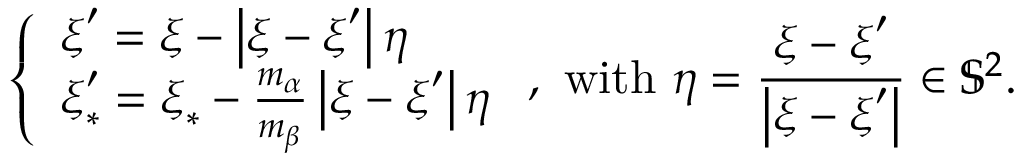
\left\{ \begin{array} { l } { \boldsymbol { \xi } ^ { \prime } = \boldsymbol { \xi } - \left\vert \boldsymbol { \xi } - \boldsymbol { \xi } ^ { \prime } \right\vert \boldsymbol { \eta } } \\ { \boldsymbol { \xi } _ { \ast } ^ { \prime } = \boldsymbol { \xi } _ { \ast } - \frac { m _ { \alpha } } { m _ { \beta } } \left\vert \boldsymbol { \xi } - \boldsymbol { \xi } ^ { \prime } \right\vert \boldsymbol { \eta } } \end{array} \right. \mathrm { , ~ w i t h ~ } \boldsymbol { \eta } = \frac { \boldsymbol { \xi } - \boldsymbol { \xi } ^ { \prime } } { \left\vert \boldsymbol { \xi } - \boldsymbol { \xi } ^ { \prime } \right\vert } \in \mathbb { S } ^ { 2 } \mathrm { . }